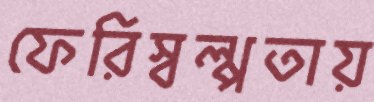
ফেরিস্বল্পতায়